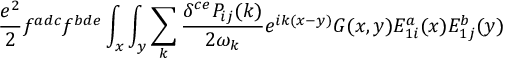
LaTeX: { \frac { e ^ { 2 } } { 2 } } f ^ { a d c } f ^ { b d e } \int _ { x } \int _ { y } \sum _ { k } { \frac { \delta ^ { c e } P _ { i j } ( k ) } { 2 \omega _ { k } } } e ^ { i k ( x - y ) } G ( x , y ) E _ { 1 i } ^ { a } ( x ) E _ { 1 j } ^ { b } ( y )